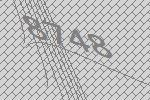
8748